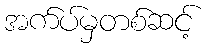
အက်ပ်မှတစ်ဆင့်